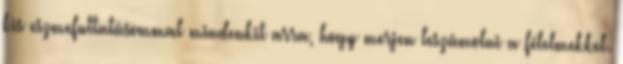
kis eszmefuttatásommal mindenkit arra, hogy merjen leszámolni a félelmekkel.